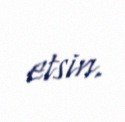
etsin.